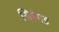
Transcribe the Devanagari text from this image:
सिहंगड